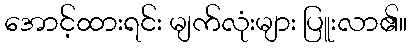
အောင့်ထားရင်း မျက်လုံးများ ပြူးလာ၏။